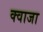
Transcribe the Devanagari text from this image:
क्वाजा